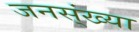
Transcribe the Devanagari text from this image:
जनस्ंख्या